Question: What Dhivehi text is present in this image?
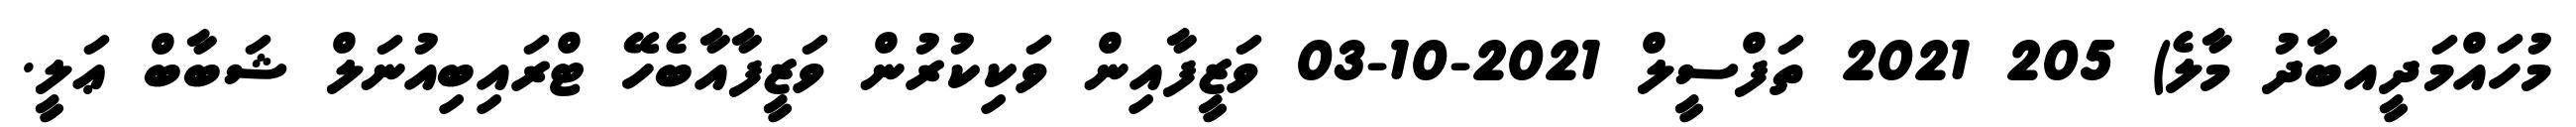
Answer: މުހައްމަދީއބާދު މާލެ) 205 2021 ތަފްސީލް 2021-10-03 ވަޒީފާއިން ވަކިކުރުން ވަޒީފާއާބެހޭ ޓްރައިބިއުނަލް ޝަބާބް ޢަލީ.